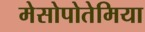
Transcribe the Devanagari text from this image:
मेसोपोतेमिया